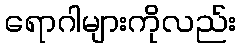
ရောဂါများကိုလည်း